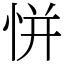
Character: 恲